Assam Mental Hospital (Tezpur, India) - 1933-1948
Year: 1933
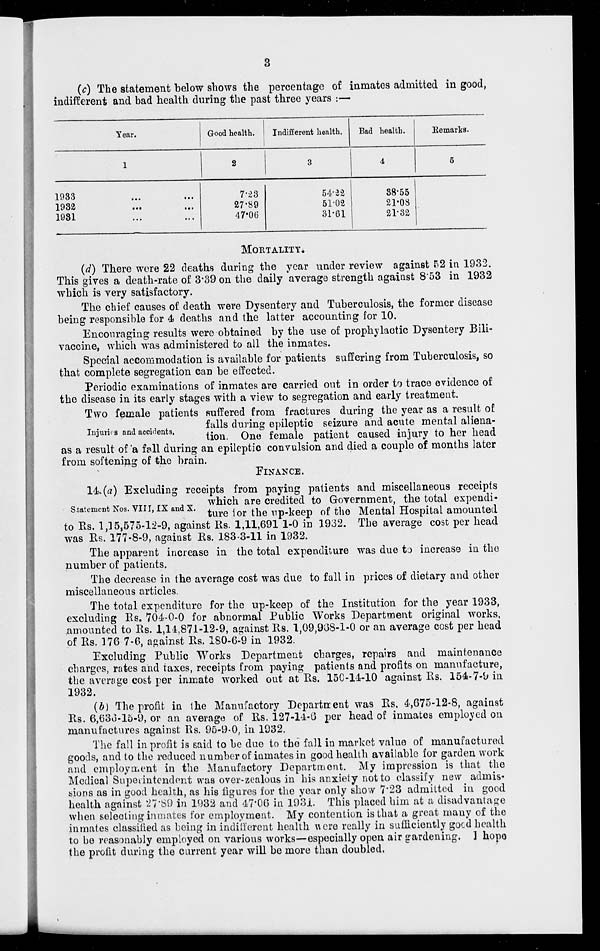
3
(c) The statement below shows the percentage of inmates admitted in good,
indifferent and bad health during the past three years :—
Year.
1
1933 ... ...
1932
... ...
1931
... ...
Good health.
2
7.23
27.89
47.06
Indifferent health.
3
54.22
51.02
31.61
Bad health.
4
38.55
21.08
21.32
Remarks.
5
MORTALITY.
(d) There were 22 deaths during the year under review against 52 in 1932.
This gives a death-rate of 3.39 on the daily average strength against 8.53 in 1932
which is very satisfactory.
The chief causes of death were Dysentery and Tuberculosis, the former disease
being responsible for 4 deaths and the latter accounting for 10.
Encouraging results were obtained by the use of prophylactic Dysentery Bili-
vaccine, which was administered to all the inmates.
Special accommodation is available for patients suffering from Tuberculosis, so
that complete segregation can be effected.
Periodic examinations of inmates are carried out in order to trace evidence of
the disease in its early stages with a view to segregation and early treatment.
Injuries and accidents.
Two female patients suffered from fractures during the year as a result of
falls during epileptic seizure and acute mental aliena-
tion. One female patient caused injury to her head
as a result of a fall during an epileptic convulsion and died a couple of months later
from softening of the brain.
FINANCE .
Statement Nos. VIII, IX and X.
14. (a) Excluding receipts from paying patients and miscellaneous receipts
which are credited to Government, the total expendi-
ture for the up-keep of the Mental Hospital amounted
to Rs. 1,15,575-12-9, against Rs. 1,11,691 1-0 in 1932. The average cost per head
was Rs. 177-8-9, against Rs. 183-3-11 in 1932.
The apparent increase in the total expenditure was due to increase in the
number of patients.
The decrease in the average cost was due to fall in prices of dietary and other
miscellaneous articles.
The total expenditure for the up-keep of the Institution for the year 1933,
excluding Rs. 704-0-0 for abnormal Public Works Department original works,
amounted to Rs. 1,14,871-12-9, against Rs. 1,09,968-1-0 or an average cost per head
of Rs. 176 7-6, against Rs. 180-6-9 in 1932.
Excluding Public Works Department charges, repairs and maintenance
charges, rates and taxes, receipts from paying patients and profits on manufacture,
the average cost per inmate worked out at Rs. 150-14-10 against Rs. 154-7-9 in
1932.
(b) The profit in the Manufactory Department was Rs. 4,675-12-8, against
Rs. 6,636-15-9, or an average of Rs. 127-14-6 per head of inmates employed on
manufactures against Rs. 95-9-0, in 1932.
The fall in profit is said to be due to the fall in market value of manufactured
goods, and to the reduced number of inmates in good health available for garden work
and employment in the Manufactory Department. My impression is that the
Medical Superintendent was over-zealous in his anxiety not to classify new admis-
sions as in good health, as his figures for the year only show 7.23 admitted in good
health against 27.89 in 1932 and 47.06 in 1931. This placed him at a disadvantage
when selecting inmates for employment. My contention is that a great many of the
inmates classified as being in indifferent health were really in sufficiently good health
to be reasonably employed on various works—especially open air gardening. I hope
the profit during the current year will be more than doubled.